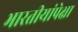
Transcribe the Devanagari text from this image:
भारतीयांपेक्षा